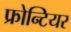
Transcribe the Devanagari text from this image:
फ्रोन्टियर